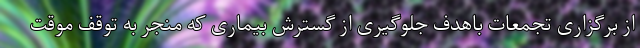
از برگزاری تجمعات باهدف جلوگیری از گسترش بیماری که منجر به توقف موقت